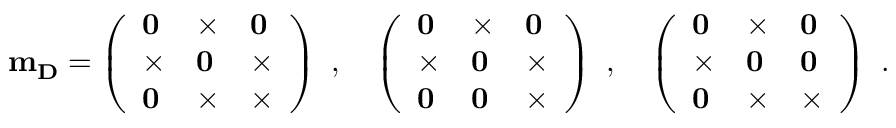
{ \bf m _ { D } } = \left( \begin{array} { l l l } { { { \bf 0 } } } & { { \times } } & { { { \bf 0 } } } \\ { { \times } } & { { { \bf 0 } } } & { { \times } } \\ { { { \bf 0 } } } & { { \times } } & { { \times } } \end{array} \right) \ , \quad \left( \begin{array} { l l l } { { { \bf 0 } } } & { { \times } } & { { { \bf 0 } } } \\ { { \times } } & { { { \bf 0 } } } & { { \times } } \\ { { { \bf 0 } } } & { { { \bf 0 } } } & { { \times } } \end{array} \right) \ , \quad \left( \begin{array} { l l l } { { { \bf 0 } } } & { { \times } } & { { { \bf 0 } } } \\ { { \times } } & { { { \bf 0 } } } & { { { \bf 0 } } } \\ { { { \bf 0 } } } & { { \times } } & { { \times } } \end{array} \right) \ .